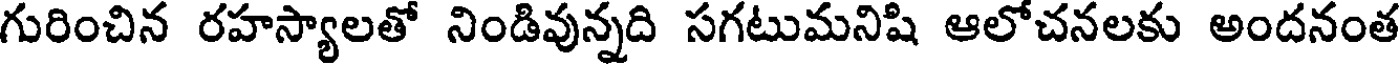
గురించిన రహస్యాలతో నిండివున్నది సగటుమనిషి ఆలోచనలకు అందనంత